Civil Veterinary Dept. Bombay admin report 1893-99 - 1893-1899
Year: 1893
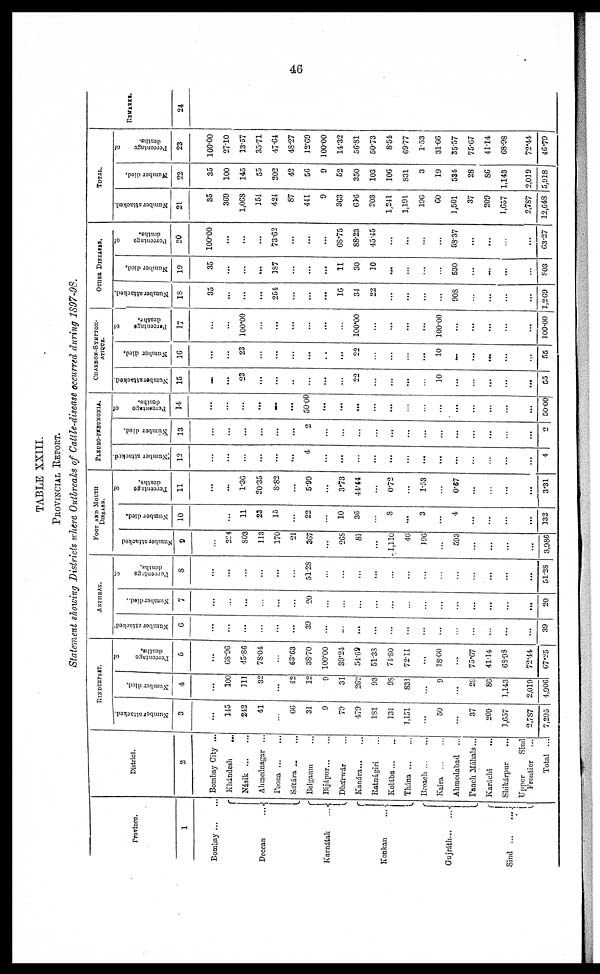
46
TABLE XXIII.
PROVINCIAL REPORT.
Statement showing Districts where Outbreaks of Cattle-disease occurred during 1S97-9S.
Province
1
Bombay … …
Deccan
...
Karnátak
...
Konkan
…
Gujráth … …
Sind
…
…
District.
2
Bombay City ...
Khándesh
…
Násik … …
Ahmednagar ...
Poona ... …
Sátára … …
Belgaum …
Bijápur … …
Dhárwár …
Kanára …
Ratnagiri …
Kolába … …
Thána … …
Broach ... …
Kaira … …
Ahmedabad …
Panch Mahals...
Karáchi …
Shikárpur …
Upper
Sind
Frontier …
Total ...
RINDERPEST
Number attacked.
3
...
145
242
41
…
66
31
9
79
470
181
131
1,151
...
50
...
37
209
1,657
2,787
7,295
Number died.
4
…
100
111
32
...
42
12
9
31
262
93
98
831
...
9
...
28
86
3,143
2,019
4,906
Perentage
of
deaths.
5
...
68.96
45.86
78.04
…
63.63
38.70
100.00
39.24
54.68
51.38
71.80
72.11
...
18.00
...
75.67
41.14
68.98
72.44
67.25
ANTHRAX.
Number attacked
6
...
...
...
…
...
...
39
...
…
...
...
…
…
…
…
…
…
...
...
...
39
Number died..
7
…
…
...
…
...
…
20
…
…
…
…
…
…
…
…
…
...
...
…
...
20
Percentage
of
deaths.
8
...
...
…
...
...
…
51.28
...
...
...
...
...
…
...
…
…
…
...
...
...
51.28
FOOT AND MOUTH
DISEASES.
Number attacked
9
…
224
803
113
170
21
367
...
268
81
...
1,110
40
196
…
593
...
...
...
...
3,986
Number died.
10
…
...
11
23
15
...
22
…
10
36
…
8
...
3
…
4
...
...
…
...
132
Percentage
of
deaths.
11
...
...
1.36
20.35
8.82
...
5.99
...
3.73
44.44
…
0.72
...
1.53
…
0.67
...
…
...
...
3.31
PLEURO-PNEUMONIA.
Number attacked
12
...
...
…
...
...
...
4
...
...
…
...
...
…
...
…
...
…
…
...
...
4
Number died.
13
…
...
...
...
...
...
2
…
…
…
…
...
…
…
…
...
…
...
…
...
2
Percentage
of
deaths.
14
...
...
...
...
…
...
50.00
...
...
...
...
...
…
…
…
...
…
...
...
...
50.00
CHARBON-STMPTON-
ATIQUB.
Number attacked.
15
…
...
23
...
...
…
...
...
...
22
…
…
...
…
10
...
…
...
...
...
55
Number died.
16
...
...
23
…
...
...
...
…
...
22
…
…
...
...
10
…
...
...
...
…
55
Percentage
of
death .
17
...
...
100.00
…
...
...
...
...
…
100.00
…
...
...
...
100.00
...
...
...
...
...
100.00
OTHER DISEASES.
Number attacked.
18
35
...
...
...
254
…
...
...
16
34
22
…
...
...
…
908
…
...
…
...
1,269
Number died.
19
35
...
...
387
...
...
...
11
30
30
...
...
…
…
530
...
...
...
…
803
Percentage
of
deaths.
20
100.00
...
...
...
73.62
…
...
...
68.75
88.23
45.45
…
…
...
…
58.37
...
...
…
...
63.27
TOTAL.
Number attacked.
21
35
369
1,068
354
424
87
441
9
363
61.6
203
1,241
1,191
196
60
1,501
37
209
1,657
2,787
12,648
Number died.
22
35
100
145
55
202
42
56
9
52
350
103
106
831
3
19
534
28
86
1,143
2,019
5,918
Percentage
of
deaths.
23
100.00
27.10
13.57
35.71
47.64
48.27
12.69
100.00
14.32
56.81
50.73
8.54
69.77
1.53
31.66
35.57
75.67
41.14
68.98
72.44
46.79
REMARKS.
24